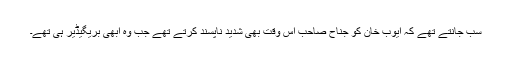
سب جانتے تھے کہ ایوب خان کو جناح صاحب اس وقت بھی شدید ناپسند کرتے تھے جب وہ ابھی بریگیڈیر ہی تھے۔